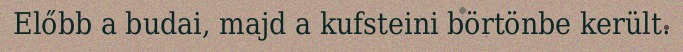
Előbb a budai, majd a kufsteini börtönbe került.